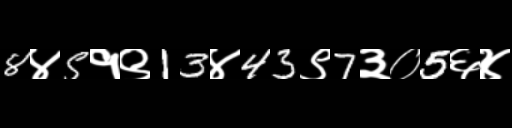
Text: 8४5१९13४43९7३०5६४